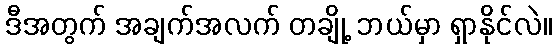
ဒီအတွက် အချက်အလက် တချို့ ဘယ်မှာ ရှာနိုင်လဲ။